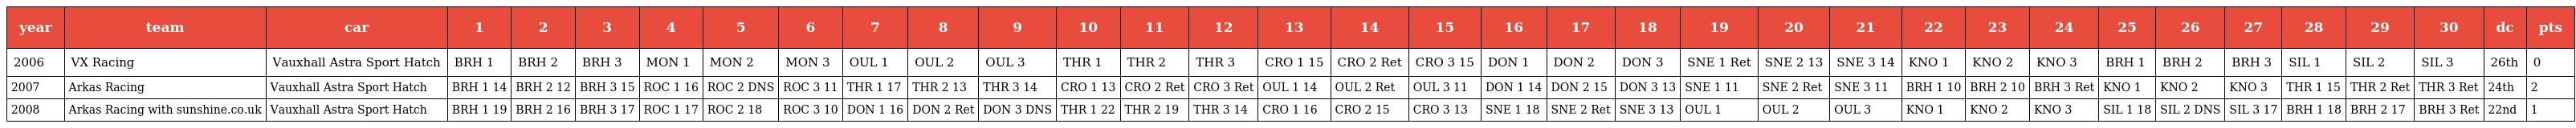
| year | team | car | 1 | 2 | 3 | 4 | 5 | 6 | 7 | 8 | 9 | 10 | 11 | 12 | 13 | 14 | 15 | 16 | 17 | 18 | 19 | 20 | 21 | 22 | 23 | 24 | 25 | 26 | 27 | 28 | 29 | 30 | dc | pts |
 | --- | --- | --- | --- | --- | --- | --- | --- | --- | --- | --- | --- | --- | --- | --- | --- | --- | --- | --- | --- | --- | --- | --- | --- | --- | --- | --- | --- | --- | --- | --- | --- | --- | --- | --- |
 | 2006 | VX Racing | Vauxhall Astra Sport Hatch | BRH 1 | BRH 2 | BRH 3 | MON 1 | MON 2 | MON 3 | OUL 1 | OUL 2 | OUL 3 | THR 1 | THR 2 | THR 3 | CRO 1 15 | CRO 2 Ret | CRO 3 15 | DON 1 | DON 2 | DON 3 | SNE 1 Ret | SNE 2 13 | SNE 3 14 | KNO 1 | KNO 2 | KNO 3 | BRH 1 | BRH 2 | BRH 3 | SIL 1 | SIL 2 | SIL 3 | 26th | 0 |
 | 2007 | Arkas Racing | Vauxhall Astra Sport Hatch | BRH 1 14 | BRH 2 12 | BRH 3 15 | ROC 1 16 | ROC 2 DNS | ROC 3 11 | THR 1 17 | THR 2 13 | THR 3 14 | CRO 1 13 | CRO 2 Ret | CRO 3 Ret | OUL 1 14 | OUL 2 Ret | OUL 3 11 | DON 1 14 | DON 2 15 | DON 3 13 | SNE 1 11 | SNE 2 Ret | SNE 3 11 | BRH 1 10 | BRH 2 10 | BRH 3 Ret | KNO 1 | KNO 2 | KNO 3 | THR 1 15 | THR 2 Ret | THR 3 Ret | 24th | 2 |
 | 2008 | Arkas Racing with sunshine.co.uk | Vauxhall Astra Sport Hatch | BRH 1 19 | BRH 2 16 | BRH 3 17 | ROC 1 17 | ROC 2 18 | ROC 3 10 | DON 1 16 | DON 2 Ret | DON 3 DNS | THR 1 22 | THR 2 19 | THR 3 14 | CRO 1 16 | CRO 2 15 | CRO 3 13 | SNE 1 18 | SNE 2 Ret | SNE 3 13 | OUL 1 | OUL 2 | OUL 3 | KNO 1 | KNO 2 | KNO 3 | SIL 1 18 | SIL 2 DNS | SIL 3 17 | BRH 1 18 | BRH 2 17 | BRH 3 Ret | 22nd | 1 |